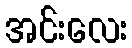
အင်းလေး